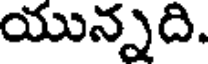
యున్నది.